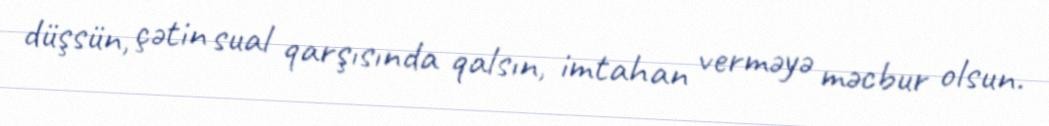
düşsün, çətin sual qarşısında qalsın, imtahan verməyə məcbur olsun.